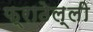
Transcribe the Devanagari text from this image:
फ्राठेल्ली